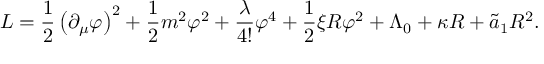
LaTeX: L = \frac { 1 } { 2 } \left( \partial _ { \mu } \varphi \right) ^ { 2 } + \frac { 1 } { 2 } m ^ { 2 } \varphi ^ { 2 } + \frac { \lambda } { 4 ! } \varphi ^ { 4 } + \frac { 1 } { 2 } \xi R \varphi ^ { 2 } + \Lambda _ { 0 } + \kappa R + \widetilde { a } _ { 1 } R ^ { 2 } .